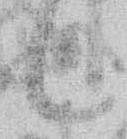
候